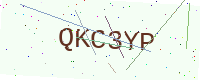
Text: QKC3YP